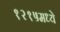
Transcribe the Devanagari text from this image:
१२१५मध्ये